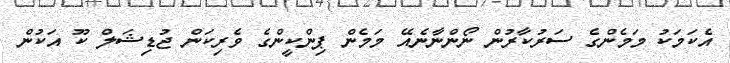
އެކަމަކު މަމެންގެ ސަރުކާރުން ނޯންނާނެއޭ މަމެން ޕިންކީންގެ ވެރިކަން ޖުޑިޝަލް ކޫ އަކުން